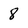
Character: 8